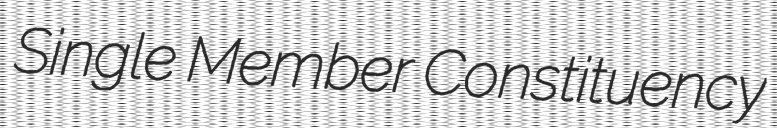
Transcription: Single Member Constituency